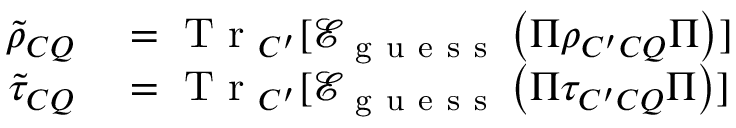
\begin{array} { r l } { \tilde { \rho } _ { C Q } } & { { } = \mathrm { ~ T ~ r ~ } _ { C ^ { \prime } } [ \mathcal { E } _ { \mathrm { ~ g ~ u ~ e ~ s ~ s ~ } } \left( \Pi \rho _ { C ^ { \prime } C Q } \Pi \right) ] } \\ { \tilde { \tau } _ { C Q } } & { { } = \mathrm { ~ T ~ r ~ } _ { C ^ { \prime } } [ \mathcal { E } _ { \mathrm { ~ g ~ u ~ e ~ s ~ s ~ } } \left( \Pi \tau _ { C ^ { \prime } C Q } \Pi \right) ] } \end{array}